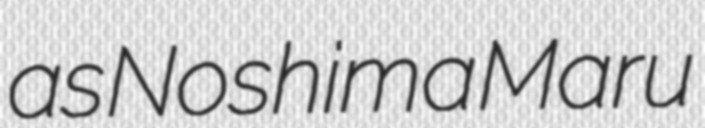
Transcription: as Noshima Maru